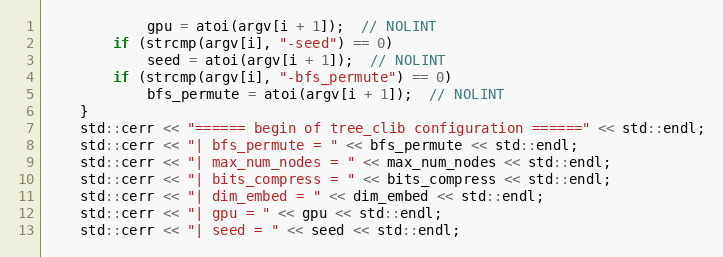
Language: C++
            gpu = atoi(argv[i + 1]);  // NOLINT
        if (strcmp(argv[i], "-seed") == 0)
            seed = atoi(argv[i + 1]);  // NOLINT
        if (strcmp(argv[i], "-bfs_permute") == 0)
            bfs_permute = atoi(argv[i + 1]);  // NOLINT
    }
    std::cerr << "====== begin of tree_clib configuration ======" << std::endl;
    std::cerr << "| bfs_permute = " << bfs_permute << std::endl;
    std::cerr << "| max_num_nodes = " << max_num_nodes << std::endl;
    std::cerr << "| bits_compress = " << bits_compress << std::endl;
    std::cerr << "| dim_embed = " << dim_embed << std::endl;
    std::cerr << "| gpu = " << gpu << std::endl;
    std::cerr << "| seed = " << seed << std::endl;